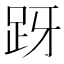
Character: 𬦤